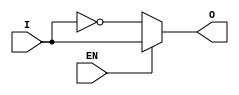
module active_low_buffer(
    input I, //input signal
    input EN, //control signal (active low)
    output O //output signal
);

assign O = EN ? I : ~I;

endmodule